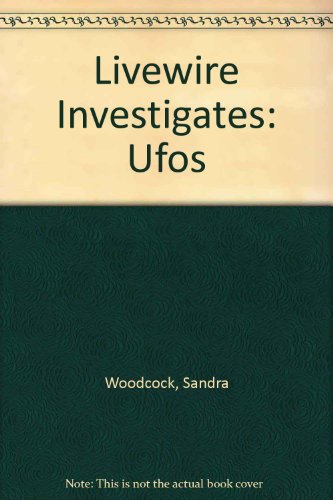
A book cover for Livewire Investigates: Ufos; Teen & Young Adult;